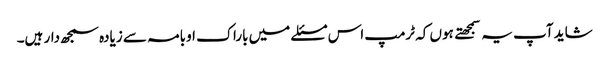
شاید آپ یہ سمجهتے ہوں کہ ٹرمپ اس مسئلے میں باراک اوبامہ سے زیادہ سمجھ دار ہیں۔